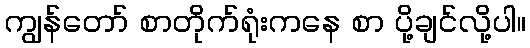
ကျွန်တော် စာတိုက်ရုံးကနေ စာ ပို့ချင်လို့ပါ။